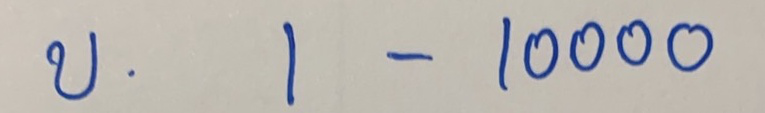
บน  1 - 10000